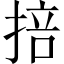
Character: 掊